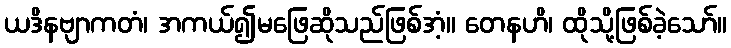
ယဒိနဗျာကတံ၊ အကယ်၍မဖြေဆိုသည်ဖြစ်အံ့။ တေနဟိ၊ ထိုသို့ဖြစ်ခဲ့သော်။